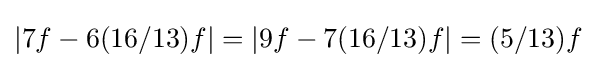
|7f-6(16/13)f|=|9f-7(16/13)f|=(5/13)f